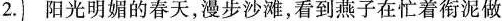
2.阳光明媚的春天，漫步沙滩，看到燕子在忙着衔泥做